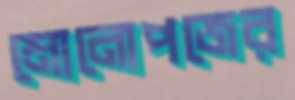
মোনোপজের